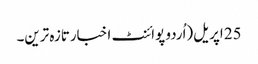
25 اپریل(اُردو پوائنٹ اخبارتازہ ترین۔